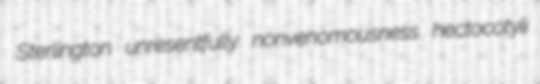
Sterlington unresentfully nonvenomousness hectocotyli